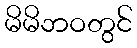
မိမိဘဝတွင်